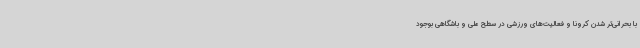
با بحرانی‌تر شدن کرونا و فعالیت‌های ورزشی در سطح ملی و باشگاهی بوجود